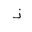
Letter: _thal